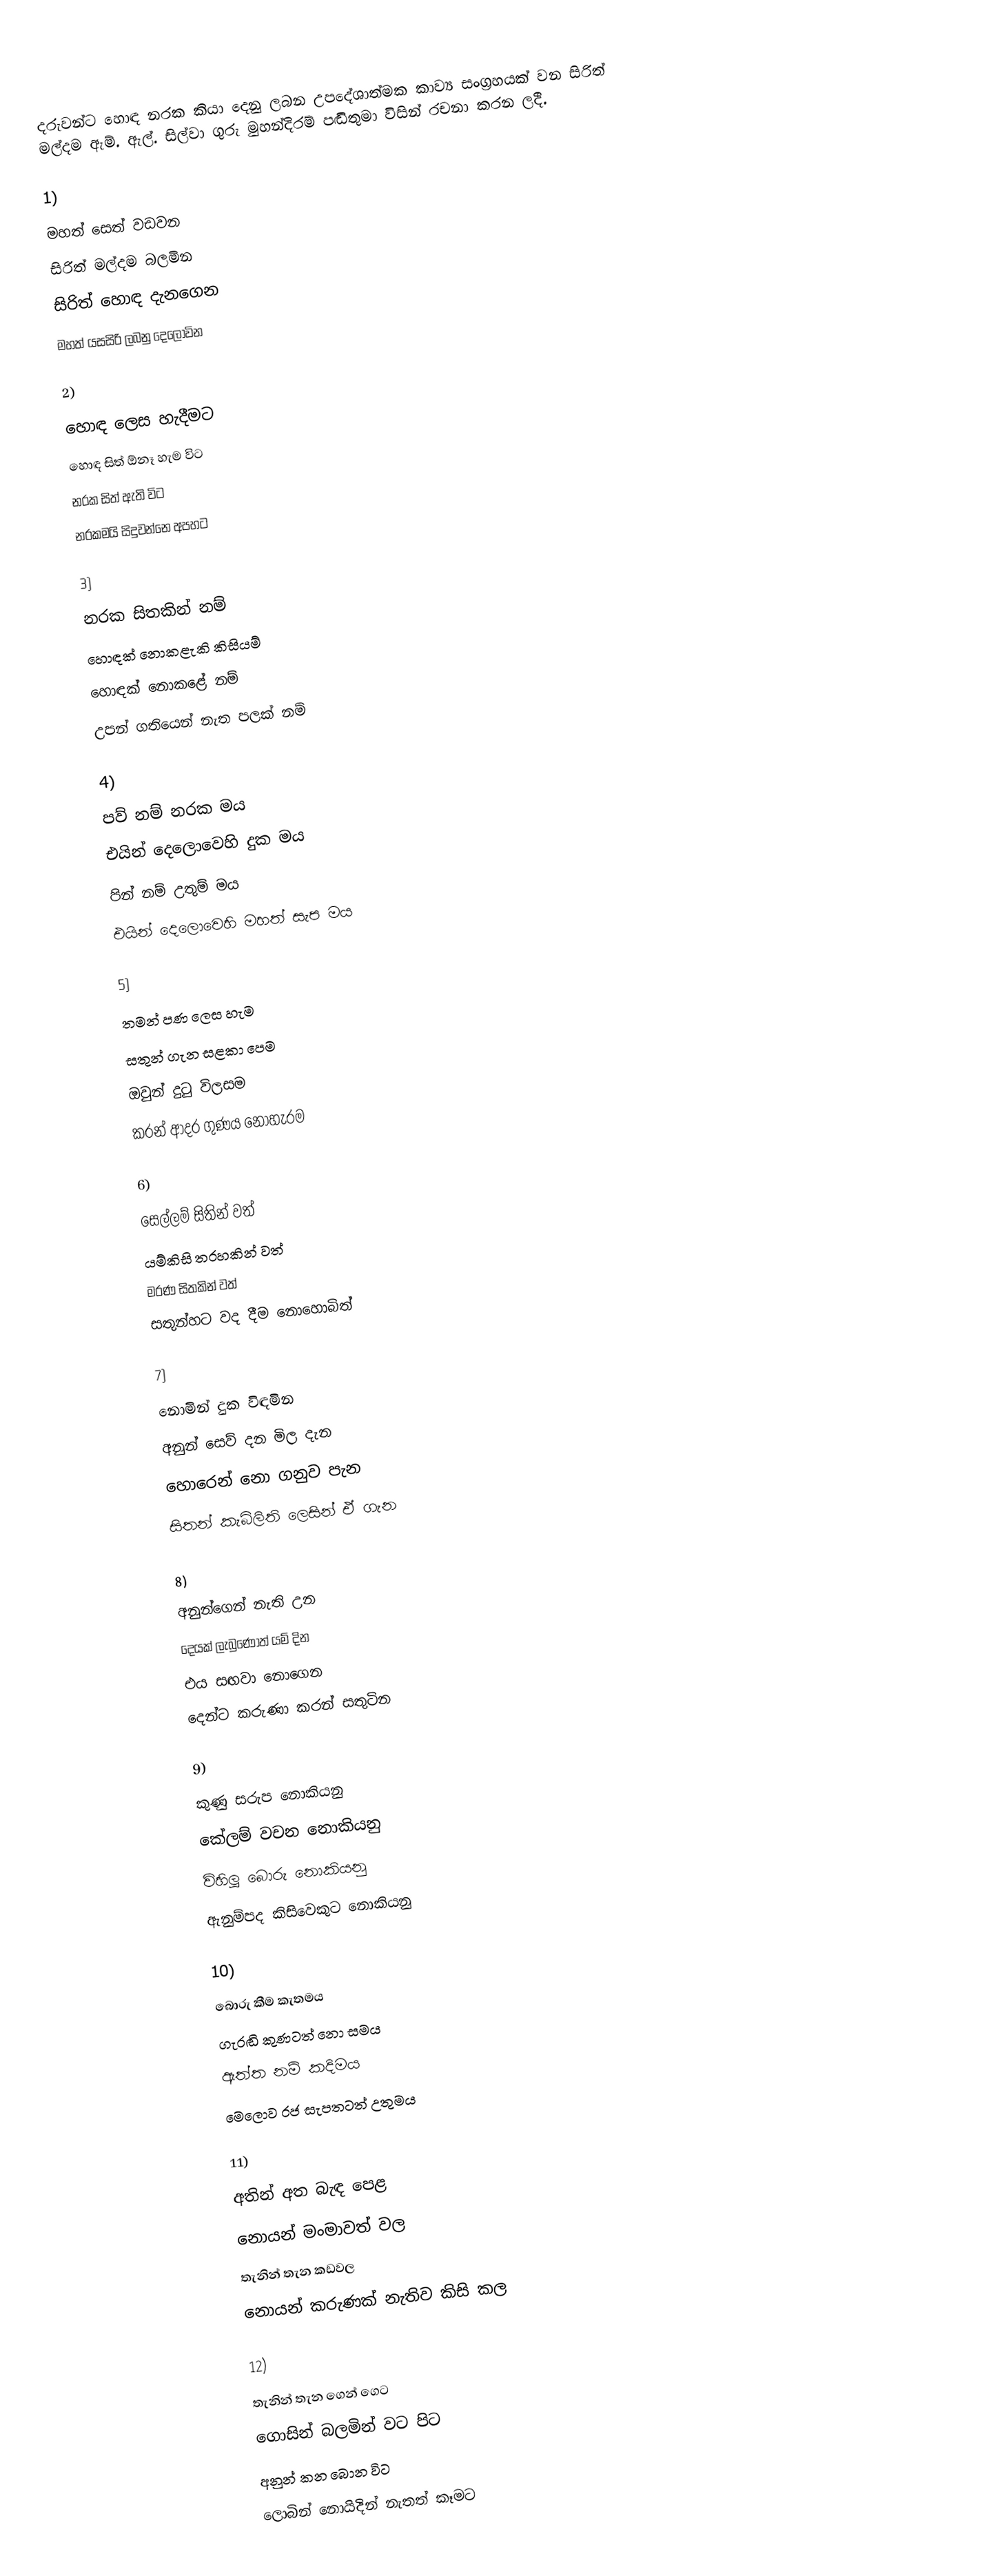
දරුවන්ට හොඳ නරක කියා දෙනු ලබන උපදේශාත්මක කාව්‍ය සංග්‍රහයක් වන සිරිත් මල්දම ඇම්. ඇල්. සිල්වා ගුරු මුහන්දිරම් පඬිතුමා විසින් රචනා කරන ලදී.

1)
මහත් සෙත්                    වඩවන
සිරිත් මල්දම                   බලමින
සිරිත් හොඳ                  දැනගෙන
මහත් යසසිරි ලබනු          දෙලොවින

2)
හොඳ ලෙස                    හැදීමට
හොඳ සිත් ඕනෑ හැම              විට
නරක සිත් ඇති                   විට
නරකමයි සිදුවන්නෙ            අපහට

3)
නරක සිතකින් නම්
හොඳක් නොකළැකි කිසියම්
හොඳක් නොකළේ නම්
උපන් ගතියෙන් නැත පලක් නම්

4)
පව් නම් නරක මය
එයින් දෙලොවෙහි දුක මය
පින් නම් උතුම් මය
එයින් දෙලොවෙහි මහත් සැප මය

5)
තමන් පණ ලෙස හැම
සතුන් ගැන සළකා පෙම
ඔවුන් දුටු විලසම
කරන් ආදර ගුණය නොහැරම

6)
සෙල්ලම් සිතින් වත්
යම්කිසි තරහකින් වත්
මරණ සිතකින් වත්
සතුන්හට වද දීම නොහොබිත්

7)
නොමින් දුක විඳමින
අනුන් සෙව් දන මිල දැන
හොරෙන් නො ගනුව පැන
සිතන් කැබිලිති ලෙසින් ඒ ගැන

8)
අනුන්ගෙන් නැති උන
දෙයක් ලැබුණොත් යම් දින
එය සඟවා නොගෙන
දෙන්ට කරුණා කරන් සතුටින

9)
කුණු සරුප නොකියනු
කේලම් වචන නොකියනු
විහිලූ බොරු නොකියනු
ඇනුම්පද කිසිවෙකුට නොකියනු

10)
බොරු කීම කැතමය
ගැරඬි කුණටත් නො සමය
ඇත්ත නම් කදිමය
මෙලොව රජ සැපතටත් උතුමය

11)
අතින් අත බැඳ පෙළ
නොයන් මංමාවත් වල
තැනින් තැන කඩවල
නොයන් කරුණක් නැතිව කිසි කල

12)
තැනින් තැන ගෙන් ගෙට
ගොසින් බලමින් වට පිට
අනුන් කන බොන විට
ලොබින් නොයිදින් නැතත් කෑමට